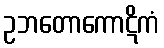
ဥဘတောကောဋိကံ